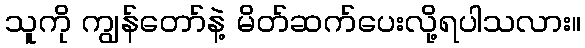
သူကို ကျွန်တော်နဲ့ မိတ်ဆက်ပေးလို့ရပါသလား။